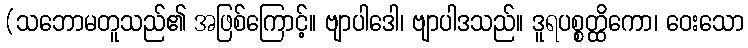
(သဘောမတူသည်၏ အဖြစ်ကြောင့်။ ဗျာပါဒေါ၊ ဗျာပါဒသည်။ ဒူရပစ္စတ္ထိကော၊ ဝေးသော